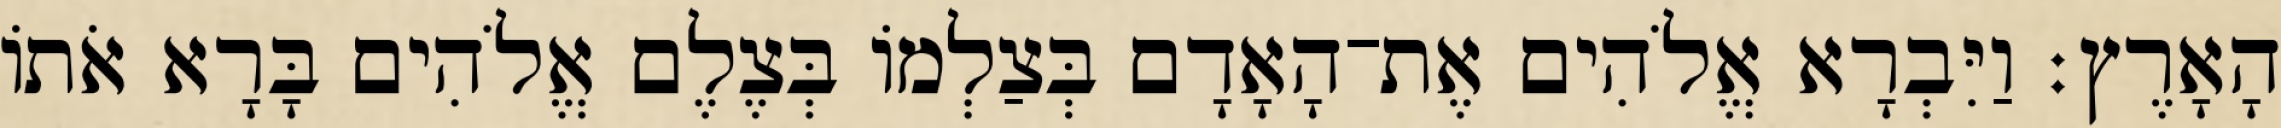
הָאָרֶץ׃ וַיִּבְרָא אֱלֹהִים אֶת־הָאָדָם בְּצַלְמֹו בְּצֶלֶם אֱלֹהִים בָּרָא אֹתֹו